Report of the Lahore Medical School Hospital
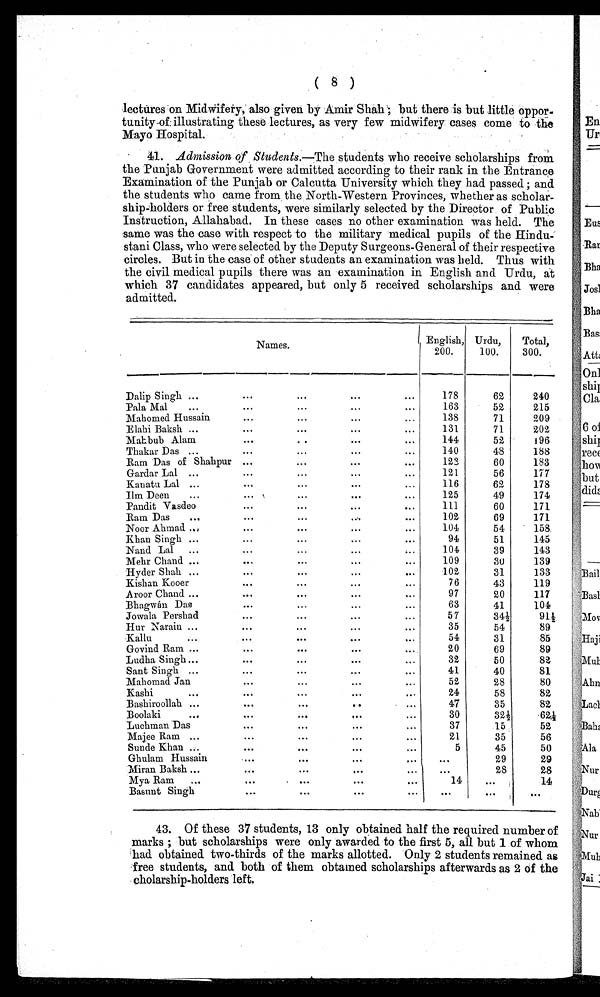
lectures on Midwifery, also given by Amir Shah; but there is but little oppor-
t u n i t y – o f i l l u s t r a t i n g t h e s e l e c t u r e s , a s v e r y f e w m i d w i f e r y c a s e s c o m e t o t h e
Mayo Hospital.
41. Admission of Students.—The students who receive scholarships from
the Punjab Government were admitted according to their rank in the Entrance
Examination of the Punjab or Calcutta University which they had passed ; and
the students who came from the North–Western Provinces, whether as scholar
– s h i p – h o l d e r s o r f r e e s t u d e n t s , w e r e s i m i l a r l y s e l e c t e d b y t h e D i r e c t o r o f P u b l i c
Instruction, Allahabad. In these cases no other examination was held. The
same was the case with respect to the military medical pupils of the Hindu–-
stani Class, who were selected by the Deputy Surgeons–General of their respective
circles. But in the case of other students an examination was held. Thus with
the civil medical pupils there was an examination in English and Urdu, at
which 37 candidates appeared, but only 5 received scholarships and were
admitted.
Names.
English,
200.
Urdu,
100.
Total,
300.
Dalip Singh ...
...
. . . ...
...
178
62
240
Pala Mal
...
... ...
...
...
163
52
215
Mahomed Hussain
. . . ...
... ...
138
71
209
Elahi Baksh ...
...
...
... ...
131
71
202
Mahbub Alam
...
...
...
...
144
52
196
Thakar Das ...
...
...
...
•••
140
48
188
Ram Das of Shahpur ... ...
... ...
123
60
183
Gardar Lal ...
...
...
. . . ...
121.
56
177
Kanatu Lal ...
...
...
...
...
116
62
178
. . .
Ilm Deen . . . ... ... ...
125
49
174
Pandit Vasdeo
... ... ...
...
111
60
171
Ram Das
... ...
... ...
...
102
69
171
Noor Ahmad ... ...
...
...
...
104
54
158
Khan Singh ...
... ...
...
...
94
51
145
Nand. Lal ...
...
...
... ...
104
39
143
Mehr Chand ...
...
... ... ...
109
30
139
Hyder Shah ...
... ...
... ...
102
31
133
Kishan Kooer
...
... ...
...
76
43
119
Aroor Chand ...
... ...
...
...
97
20
117
Bhagwan Das
...
... ...
...
63
41
104
Jowala Pershad
... ...
...
...
57
34½
91½
Hur Narain ...
... ...
...
...
35
54
89
Kallu
... ...
...
...
...
54
31
85
Govind Ram ...
... ...
...
...
20
69
89
Ludha Singh_
... ...
...
...
32
50
82
Sant Singh ...
... ...
...
...
41
40
81
Mahomad Jan
... ...
...
...
52
28
80
Kashi
... ...
... ...
...
24
58
82
Bashiroollah ...
. . . ...
...
...
47
35
82
Boolaki
...
...
...
...
...
30
32½
62½
Luchman Das
•••
...
...
...
37
15
52
Majee Ram ...
... ...
...
...
21
35
56
Sunde Khan ... ...
...
...
...
5
45
50
Ghulam Hussain
...
...
...
...
. . .
29
29
Miran Baksh ...
...
...
...
...
. . .
28
28
M y a Ram ...
. . . ...
...
...
14
. . .
14
Basunt Singh
...
...
...
...
. . .
. . .
. . .
• 43. Of these 37 students, 13 only obtained half the required number of
marks ; but scholarships were only awarded to the first 5, all but 1 of whom
had obtained two–thirds of the marks allotted. Only 2 students remained as
free students, and both of them obtained scholarships afterwards as 2 of the
cholarship–holders left.